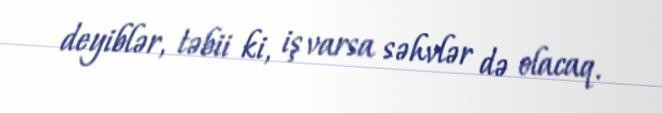
deyiblər, təbii ki, iş varsa səhvlər də olacaq.